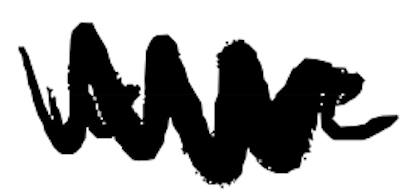
Text: where
Cross-out: zig-zag
Writing tool: digital_black